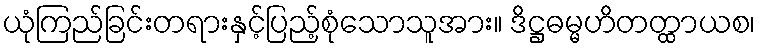
ယုံကြည်ခြင်းတရားနှင့်ပြည့်စုံသောသူအား။ ဒိဋ္ဌဓမ္မဟိတတ္ထာယစ၊